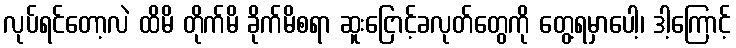
လုပ်ရင်တော့လဲ ထိမိ တိုက်မိ ခိုက်မိစရာ ဆူးငြောင့်ခလုတ်တွေကို တွေ့ရမှာပေါ့၊ ဒါ့ကြောင့်